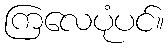
ကြလေပုံပင်။